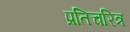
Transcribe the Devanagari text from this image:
प्रतिचरित्र